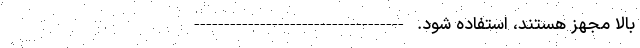
بالا مجهز هستند، استفاده شود. -----------------------------------